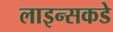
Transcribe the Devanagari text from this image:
लाइन्सकडे